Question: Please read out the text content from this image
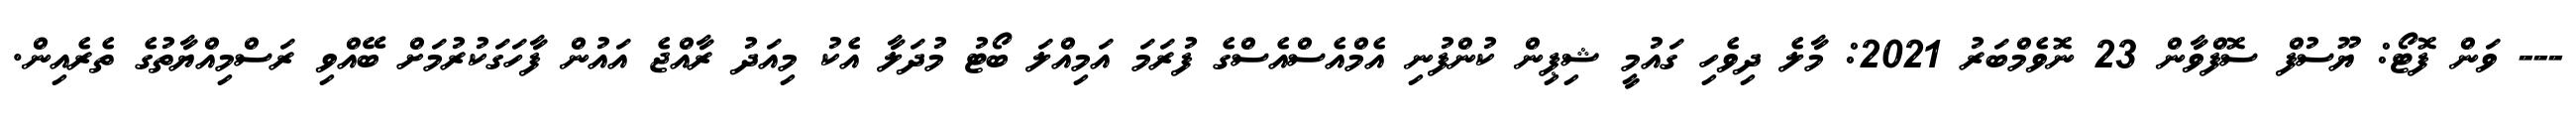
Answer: --- ވަން ފޮޓޯ: ޔޫސުފް ސޮފްވާން 23 ނޮވެމްބަރު 2021: މާލެ ދިވެހި ގައުމީ ޝިޕިން ކުންފުނި އެމްއެސްއެސްގެ ފުރަމަ އަމިއްލަ ބޯޓު މުދަލާ އެކު މިއަދު ރާއްޖެ އައުން ފާހަގަކުރުމަށް ބޭއްވި ރަސްމިއްޔާތުގެ ތެރެއިން.